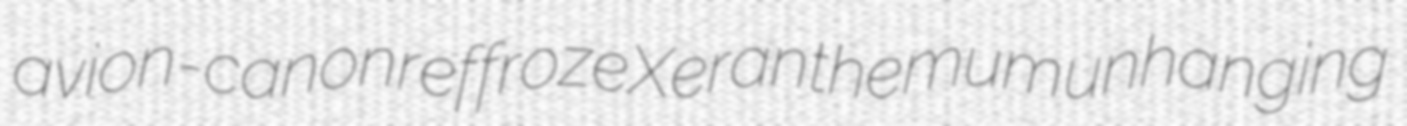
avion-canon reffroze Xeranthemum unhanging